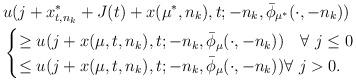
LaTeX: \begin{align*}&u(j+x^*_{t,n_k}+J(t)+x(\mu^*,n_k),t;-n_k,\bar\phi_{\mu^*}(\cdot,-n_k))\\&\begin{cases}\ge u(j+x(\mu,t,n_k),t;-n_k,\bar\phi_\mu(\cdot,-n_k))\quad\forall\,\, j\le 0\cr\le u(j+x(\mu,t,n_k),t;-n_k,\bar\phi_\mu(\cdot,-n_k))\forall\,\, j>0.\end{cases}\end{align*}